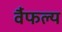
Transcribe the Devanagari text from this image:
र्वैफल्य